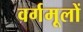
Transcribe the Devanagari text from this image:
वर्गमूलों